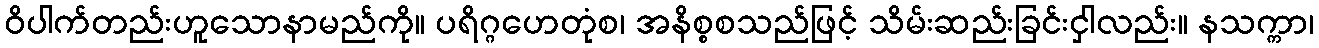
ဝိပါက်တည်းဟူသောနာမည်ကို။ ပရိဂ္ဂဟေတုံစ၊ အနိစ္စစသည်ဖြင့် သိမ်းဆည်းခြင်းငှါလည်း။ နသက္ကာ၊